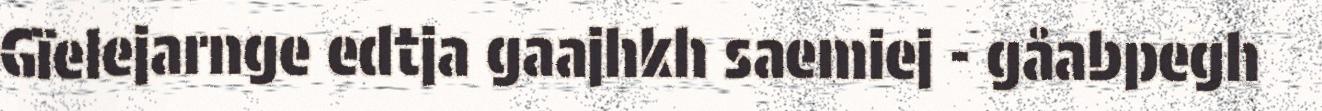
Gïelejarnge edtja gaajhkh saemiej - gåabpegh